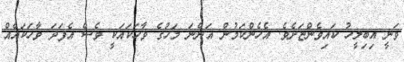
ވަނީ އިބިލީހު ކައިވެންޏަށެވެ. އެހެންކަމުން އަންނަ މަހުގެ ވާހަކައަކީ ވެސް އެފަދަ ވާހަކައެއް